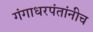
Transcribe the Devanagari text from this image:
गंगाधरपंतांनीच